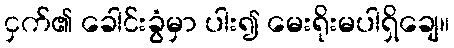
ငှက်၏ ခေါင်းခွံမှာ ပါး၍ မေးရိုးမပါရှိချေ။